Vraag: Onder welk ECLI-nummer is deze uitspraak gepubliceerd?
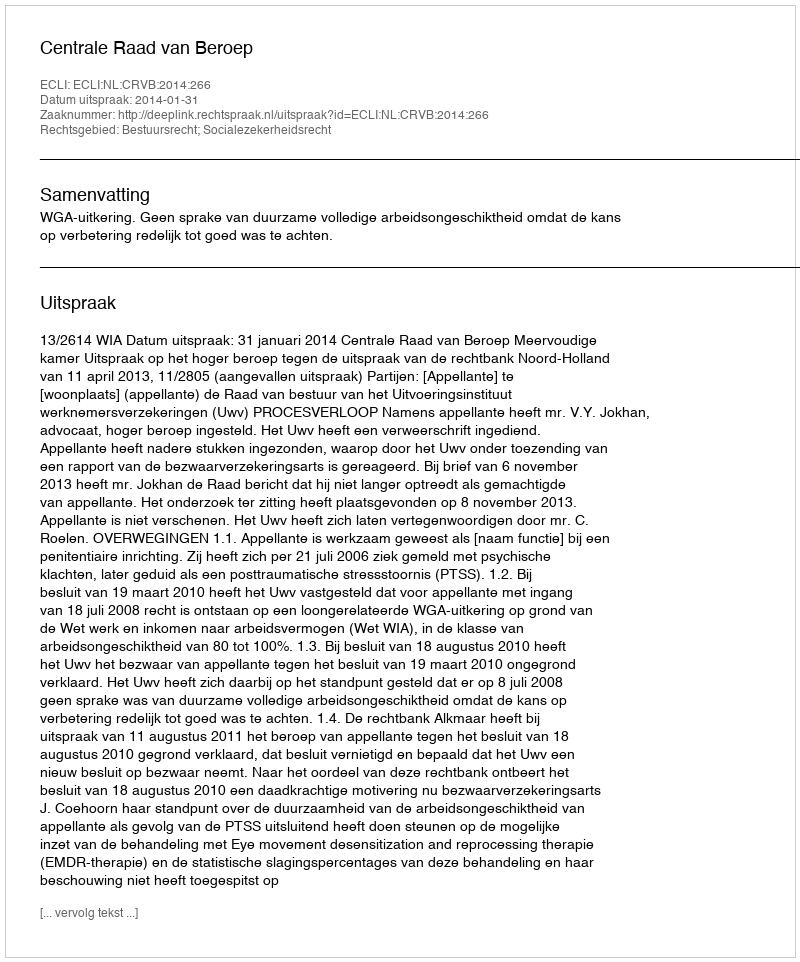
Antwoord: ECLI:NL:CRVB:2014:266